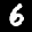
Label: 6